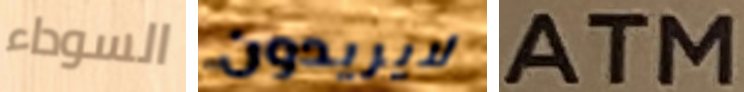
السوداء لايريدون ATM